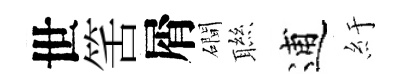
世筈屑磵聮逋紆